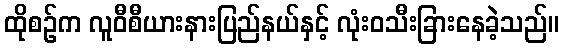
ထိုစဉ်က လူဝီစီယားနားပြည်နယ်နှင့် လုံးဝသီးခြားနေခဲ့သည်။